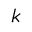
{ \boldsymbol { k } }